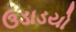
ઉડાડયો